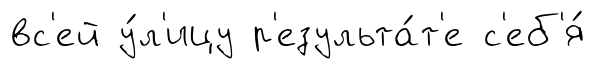
вс'ей у́л'ицу р'езульта́т'е с'еб'я́